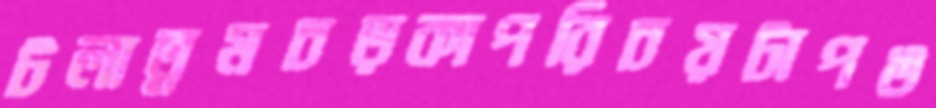
টলাতুমচড়কাপরিচয়টাপঙ